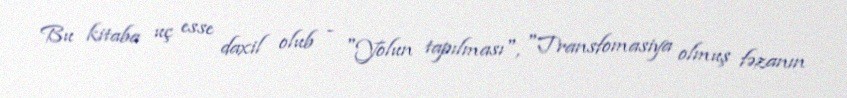
Bu kitaba uç esse daxil olub - "Yolun tapılması", "Transfomasiya olmuş fəzanın